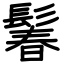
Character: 鬊